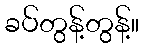
ခပ်တွန့်တွန့်။